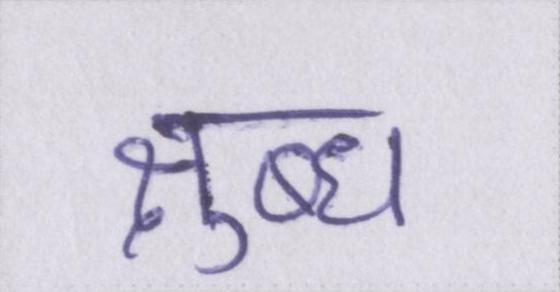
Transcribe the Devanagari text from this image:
क्षुब्ध